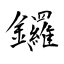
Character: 鑼